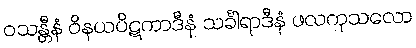
ဝသန္တီနံ ဝိနယပိဋကာဒီနံ သင်္ခါရာဒီနံ ဖလကုသလော